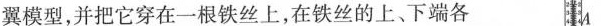
翼模型，并把它穿在一根铁丝上，在铁丝的上、下端各 A